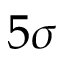
5 \sigma